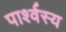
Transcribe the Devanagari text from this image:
पार्श्वस्य